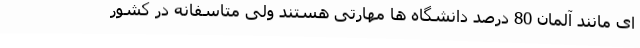
ای مانند آلمان 80 درصد دانشگاه ها مهارتی هستند ولی متاسفانه در کشور